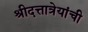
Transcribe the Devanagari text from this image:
श्रीदत्तात्रेयांची